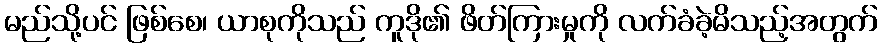
မည်သို့ပင် ဖြစ်စေ၊ ယာစုကိုသည် ကူဒို၏ ဖိတ်ကြားမှုကို လက်ခံခဲ့မိသည့်အတွက်